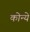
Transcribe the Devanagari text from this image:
कोन्ये